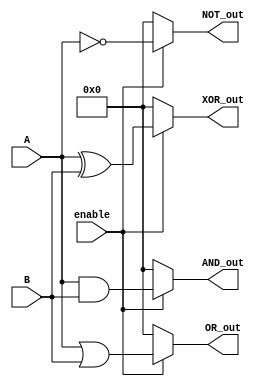
module adjacency_group (
    input wire [3:0] A,          // 4-bit input
    input wire [3:0] B,          // 4-bit input
    input wire enable,            // Control signal to activate the group
    output wire [3:0] AND_out,    // Output for AND function
    output wire [3:0] OR_out,     // Output for OR function
    output wire [3:0] XOR_out,    // Output for XOR function
    output wire [3:0] NOT_out      // Output for NOT function
);

// Internal signals for shared pathways
wire [3:0] A_not;
wire [3:0] B_not;

// Control logic to enable or disable outputs
assign AND_out = enable ? (A & B) : 4'b0000;
assign OR_out  = enable ? (A | B) : 4'b0000;
assign XOR_out = enable ? (A ^ B) : 4'b0000;

// NOT operation (inverted signals)
assign A_not = ~A;
assign B_not = ~B;

// Output for NOT function (only A is inverted in this example)
assign NOT_out = enable ? A_not : 4'b0000;

endmodule